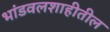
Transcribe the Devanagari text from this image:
भांडवलशाहीतील